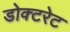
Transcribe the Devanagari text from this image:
डोक्टरेट